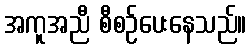
အကူအညီ စီစဉ်ပေးနေသည်။